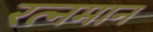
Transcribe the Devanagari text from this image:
रत्नमान